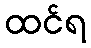
ထင်ရ